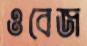
ওবেজ